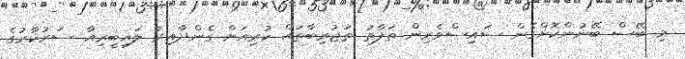
މި ބޭސް ބޭނުންކޮށްގެން ސައިސްވެރިން ތަފާތު ތަޖުރިބާތައް ކުރިއަށް ގެންދާއިރު ލައިބީރިއާ ސަރުކާރުގެ